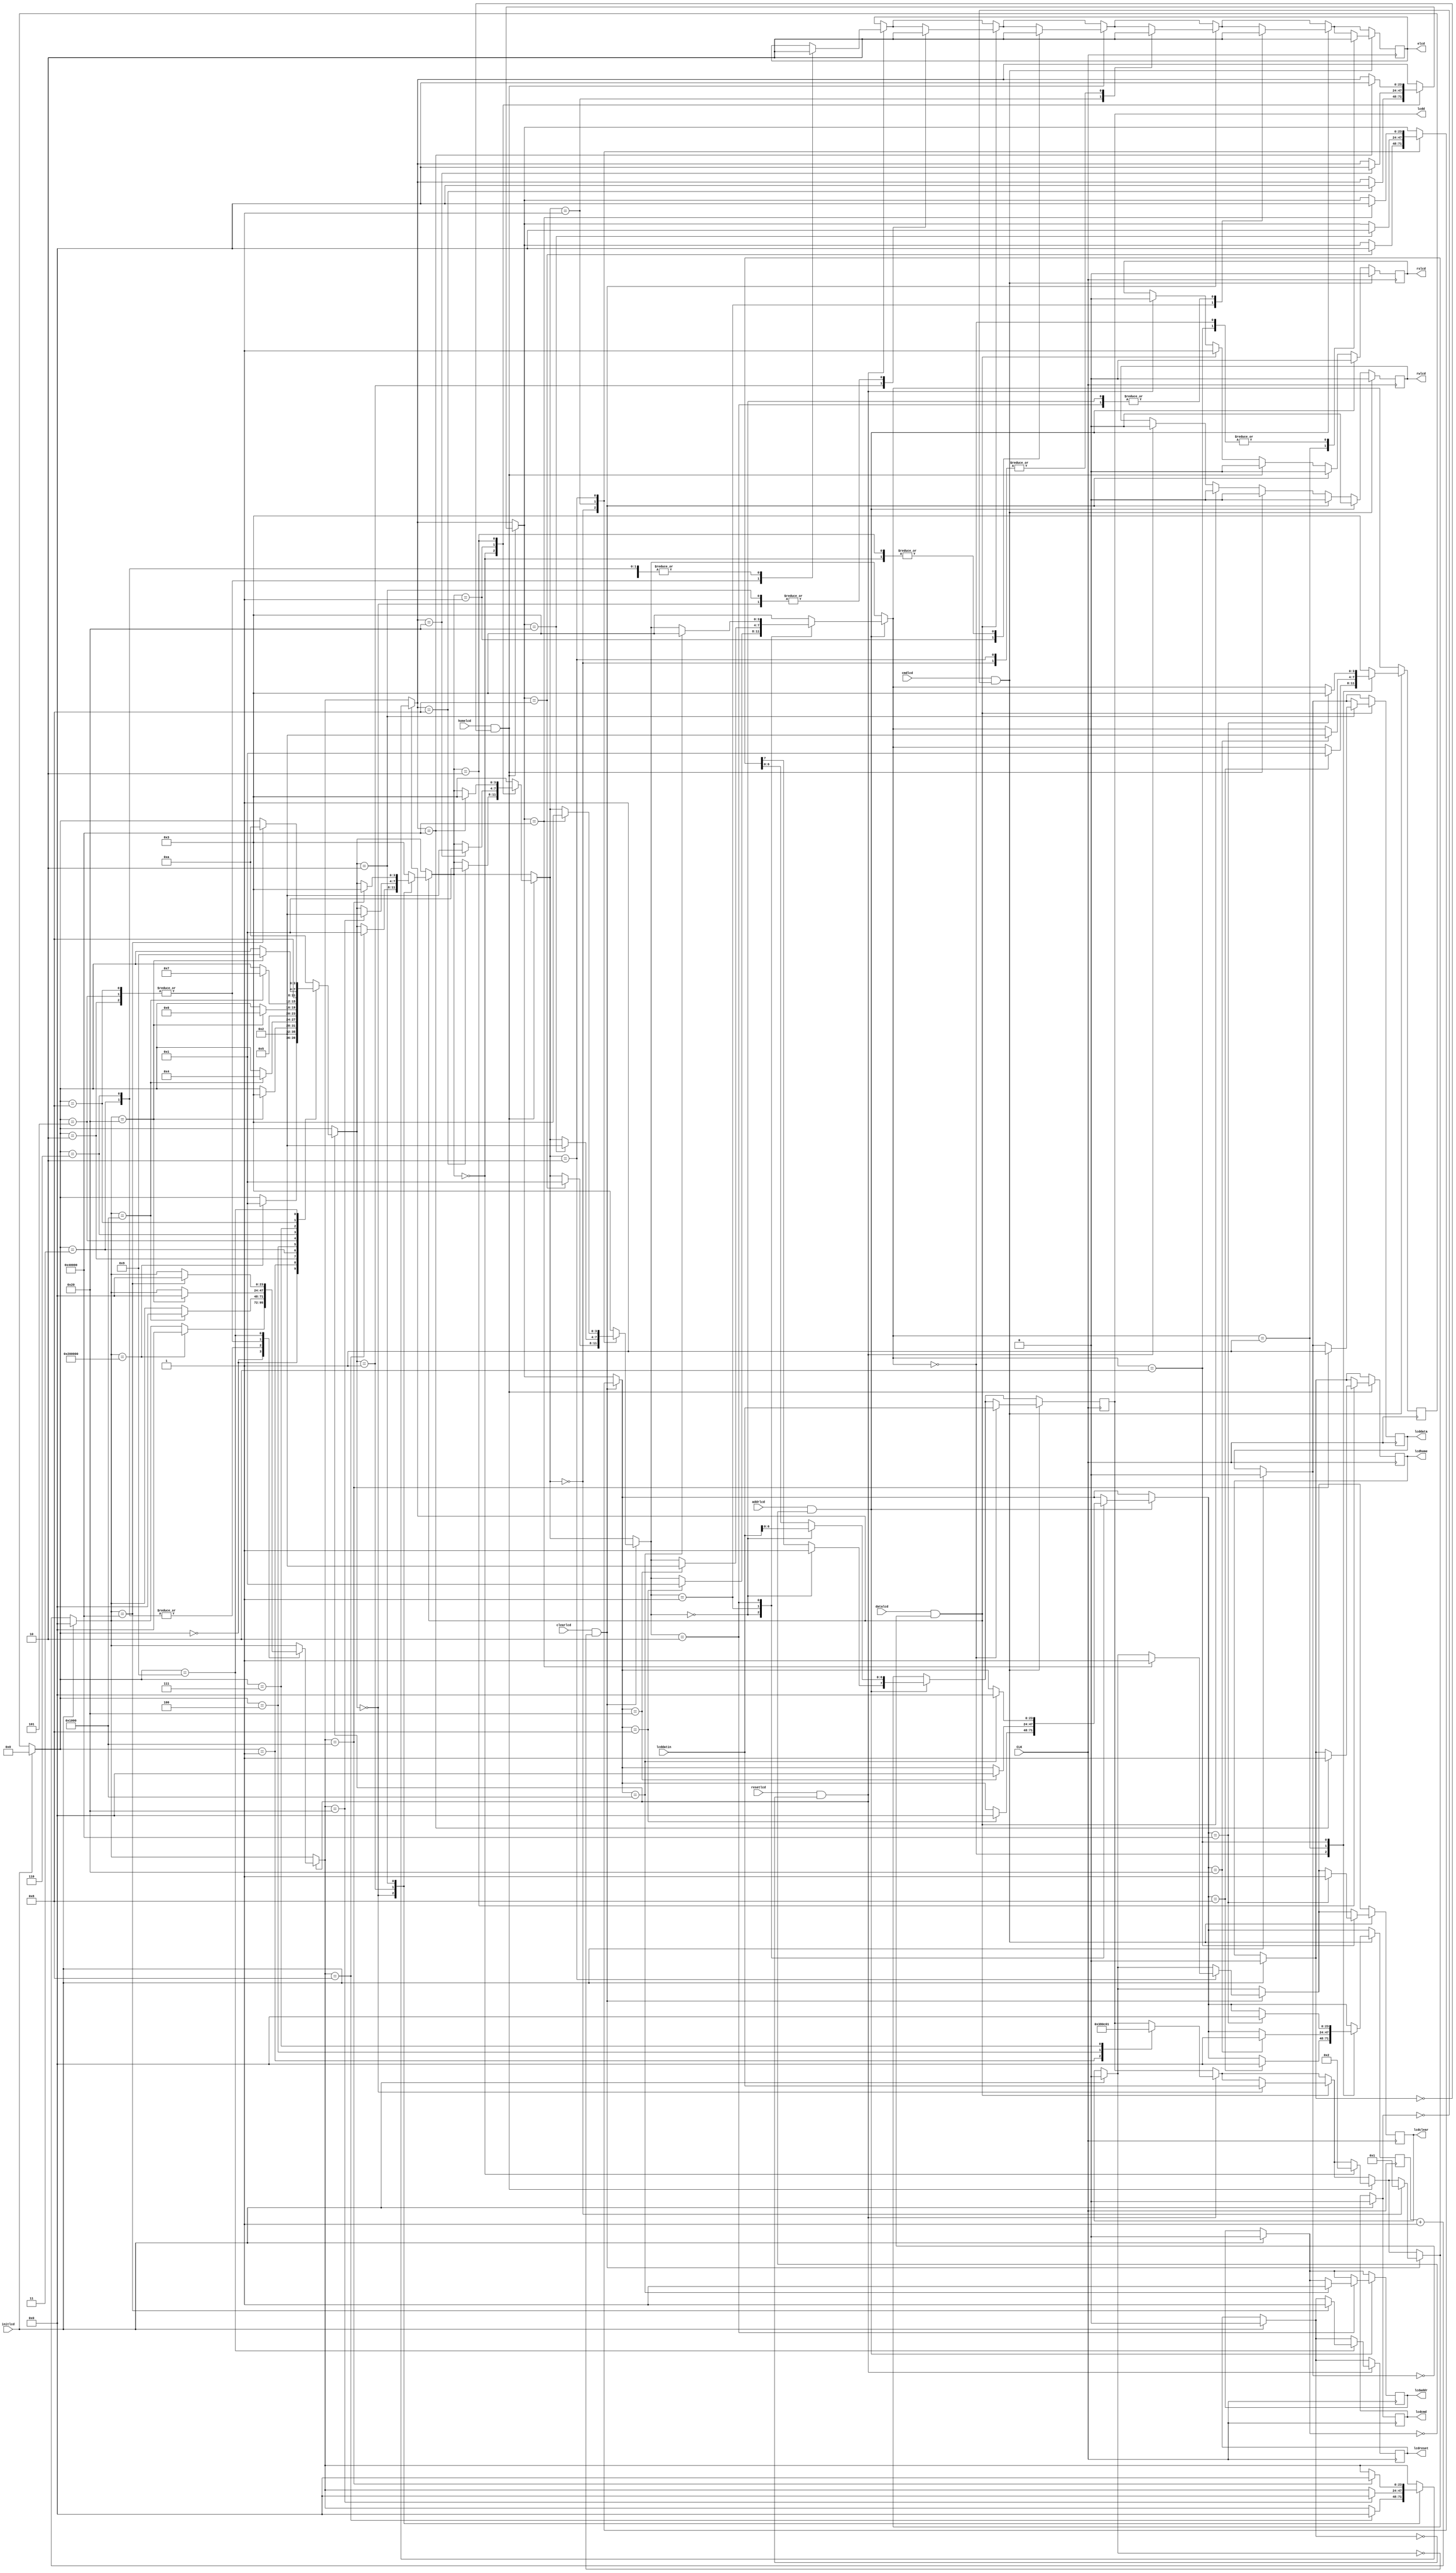
// Parallel Interface Liquid Crystal Display clplcd.v
// c 2012 Embedded Design using Programmable Gate Arrays  Dennis Silage

module clplcd(input CLK, resetlcd, clearlcd, homelcd,
				  input datalcd, addrlcd, cmdlcd, initlcd,
				  output reg lcdreset, output reg lcdclear,
				  output reg lcdhome, output reg lcddata,
				  output reg lcdaddr, output reg lcdcmd,
				  output reg rslcd, output reg rwlcd,
				  output reg elcd, output reg [7:0] lcdd,
				  input [7:0] lcddatin);

reg [23:0] lcdcount;		// delay counter
reg [3:0] lcdstate;		// state register
							
always@(posedge CLK)
	begin

// initialize

		if (initlcd==1)
			begin
				lcdstate=0;
				lcdcount=0;
				lcdreset=0;
				lcdclear=0;
				lcdhome=0;
				lcdaddr=0;
				lcddata=0;
				lcdcmd=0;
			end
			
		else
			lcdcount=lcdcount+1;
					
//reset LCD
 
		if (resetlcd==1 && lcdreset==0)	//lcd reset
			begin
				rslcd=0;				// register select for command
				rwlcd=0;				// LCD read/write
				
				case (lcdstate)
					0: begin			// wait 20 msec (2 0000 000 clock cyles)
							elcd=0;
							if (lcdcount==2097152)
								begin
									lcdcount=0;
									lcdstate=1;
								end
						end
					1: begin			// function set '38h'
							lcdd=56;
							lcdstate=2;
						end						
					2: begin
							elcd=1;
							if (lcdcount==32)		// >220 nsec
								begin
									lcdcount=0;
									lcdstate=3;
								end
						end
					3: begin
							elcd=0;
							if (lcdcount==4096)		// wait 37 usec (3700 clock cycles)
								begin
									lcdcount=0;
									lcdstate=4;
								end
						end
					4: begin			// display set '0Ch', no sursor or blink 
							lcdd=12;
							lcdstate=5;
						end						
					5: begin
							elcd=1;
							if (lcdcount==32)		// >220 nsec
								begin
									lcdcount=0;
									lcdstate=6;
								end
						end
					6: begin
							elcd=0;
							if (lcdcount==4096)		// wait 37 usec (3700 clock cycles)
								begin
									lcdcount=0;
									lcdstate=7;
								end
						end
					7: begin			// display clear '01h'
							lcdd=1;					
							lcdstate=8;
						end									
					8: begin
							elcd=1;
							if (lcdcount==32)			// >220 nsec
								begin
									lcdcount=0;
									lcdstate=9;
								end
						end
					9: begin
							elcd=0;
							if (lcdcount==262144) 	// wait 1.52 msec (152 000 clock cycles) 
								begin
									lcdcount=0;
									lcdstate=10;
									lcdreset=1;
								end
						end					 
					10: lcdstate=10;
					default: lcdstate=10;
				endcase
			end

// send 8-bit data to LCD

		if (datalcd==1 && lcddata==0)			//lcd data
			begin
				rslcd=1;				// register select for data
				rwlcd=0;				// LCD read/write
				
				case (lcdstate)
					0: begin
							lcdd=lcddatin;
							elcd=0;
							if (lcdcount==8)		// >40 nsec
								begin
									lcdcount=0;
									lcdstate=1;
								end
						end						
					1: begin
							elcd=1;
							if (lcdcount==32)		// >220nsec
								begin
									lcdcount=0;
									lcdstate=2;
								end
						end
					2: begin			// wait 37 usec (3700 clock cycles)
							elcd=0;
							if (lcdcount==4096)
								begin
									lcdcount=0;
									lcdstate=3;
									lcddata=1;
								end
						end
					3: lcdstate=3;
					default: lcdstate=3;
				endcase
			end
			
// return cursor home			
			
			if (homelcd==1 && lcdhome==0)		//lcd home
			begin
				rslcd=0;				// register select for command
				rwlcd=0;				// LCD read/write
				
				case (lcdstate)
					0: begin			// send '02h'
							lcdd=2;
							elcd=0;
							if (lcdcount==8)		// >40 nsec
								begin
									lcdcount=0;
									lcdstate=1;
								end
						end						
					1: begin
							elcd=1;
							if (lcdcount==32)		// >220 nsec
								begin
									lcdcount=0;
									lcdstate=2;
								end
						end
					2: begin			// wait 1.64 msec (164 000 clock cycles)
							elcd=0;
							if (lcdcount==262144)
								begin
									lcdcount=0;
									lcdstate=3;
									lcdhome=1;
								end
						end
					3: lcdstate=3;
					default: lcdstate=3;
				endcase
			end
			
// clear display

			if (clearlcd==1 && lcdclear==0)	//lcd clear
			begin
				rslcd=0;				// register select for command
				rwlcd=0;				// LCD read/write
				
				case (lcdstate)
					0: begin			// send '01h'
							lcdd=1;
							elcd=0;
							if (lcdcount==8)		// >40 nsec
								begin
									lcdcount=0;
									lcdstate=1;
								end
						end						
					1: begin
							elcd=1;
							if (lcdcount==32)		// >220 nsec
								begin
									lcdcount=0;
									lcdstate=2;
								end
						end
					2: begin			// wait 1.64 msec (164 000 clock cycles)
							elcd=0;
							if (lcdcount==262144)
								begin
									lcdcount=0;
									lcdstate=3;
									lcdclear=1;
								end
						end
					3: lcdstate=3;
					default: lcdstate=3;
				endcase
			end
			
// set 7-bit DDRAM display address

if (addrlcd==1 && lcdaddr==0)	//lcd display address
			begin
				rslcd=0;				// register select for command
				rwlcd=0;				// LCD read/write
				
				case (lcdstate)
					0: begin			// send '10h' + 7 bit address
							lcdd[7]=1;
							lcdd[6:0]=lcddatin[6:0];
							elcd=0;
							if (lcdcount==8)		// >40 nsec
								begin
									lcdcount=0;
									lcdstate=1;
								end
						end						
					1: begin
							elcd=1;
							if (lcdcount==32)		// >220 nsec
								begin
									lcdcount=0;
									lcdstate=2;
								end
						end
					2: begin			// wait 37 usec (3700 clock cycles)
							elcd=0;
							if (lcdcount==4096)
								begin
									lcdcount=0;
									lcdstate=3;
									lcdaddr=1;
								end
						end
					3: lcdstate=3;
					default: lcdstate=3;
				endcase
			end
			
// enter LCD command

			if (cmdlcd==1 && lcdcmd==0)	//lcd command
			begin
				rslcd=0;				// register select for command
				rwlcd=0;				// LCD read/write
				
				case (lcdstate)
					0: begin			// send 8-bit command
							lcdd=lcddatin;
							elcd=0;
							if (lcdcount==8)		// >40 nsec
								begin
									lcdcount=0;
									lcdstate=1;
								end
						end						
					1: begin
							elcd=1;
							if (lcdcount==32)		// >220 nsec
								begin
									lcdcount=0;
									lcdstate=2;
								end
						end
					2: begin			// wait 1.64 msec (164 000 clock cycles)
							elcd=0;
							if (lcdcount==262144)
								begin
									lcdcount=0;
									lcdstate=3;
									lcdclear=1;
								end
						end
					3: lcdstate=3;
					default: lcdstate=3;
				endcase
			end
			
	end
	
endmodule